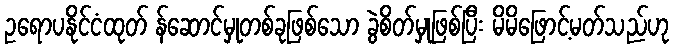
ဥရောပနိုင်ငံထုတ် န်ဆောင်မှုတစ်ခုဖြစ်သော ခွဲစိတ်မှုဖြစ်ပြီး မိမိဖြောင့်မတ်သည်ဟု